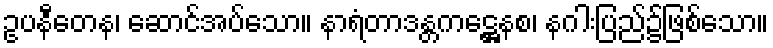
ဥပနီတေန၊ ဆောင်အပ်သော။ နာရံတာဒန္တကဋ္ဌေနစ၊ နဂါးပြည်၌ဖြစ်သော။